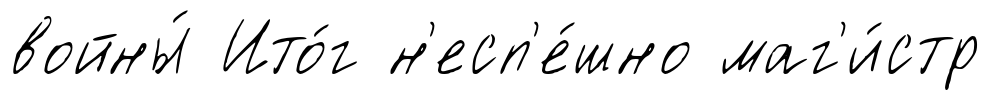
войны́ Ито́г н'есп'е́шно маг'и́стр